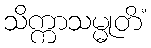
သိက္ကာသမ္မုတိံ